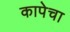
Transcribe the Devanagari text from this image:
कापेचा